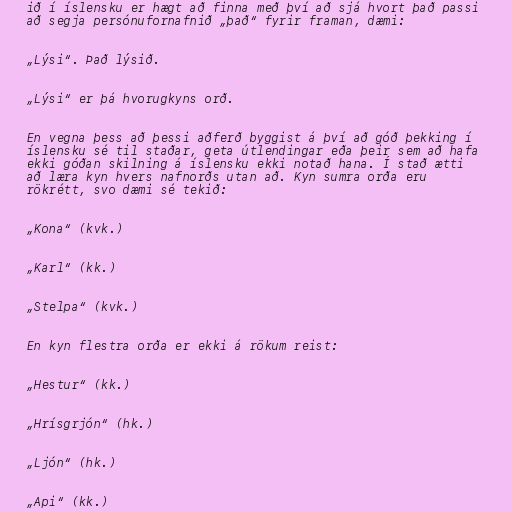
ið í íslensku er hægt að finna með því að sjá hvort það passi
að segja persónufornafnið „það“ fyrir framan, dæmi:

„Lýsi“. Það lýsið.

„Lýsi“ er þá hvorugkyns orð.

En vegna þess að þessi aðferð byggist á því að góð þekking í
íslensku sé til staðar, geta útlendingar eða þeir sem að hafa
ekki góðan skilning á íslensku ekki notað hana. Í stað ætti
að læra kyn hvers nafnorðs utan að. Kyn sumra orða eru
rökrétt, svo dæmi sé tekið:

„Kona“ (kvk.)

„Karl“ (kk.)

„Stelpa“ (kvk.)

En kyn flestra orða er ekki á rökum reist:

„Hestur“ (kk.)

„Hrísgrjón“ (hk.)

„Ljón“ (hk.)

„Api“ (kk.)